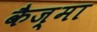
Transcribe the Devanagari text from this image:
कैज़्मा